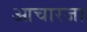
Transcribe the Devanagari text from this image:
आचारजा